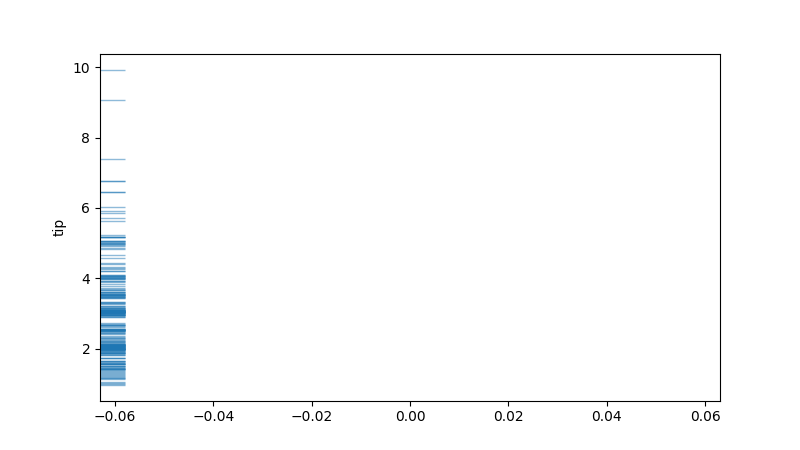
python, seaborn, rugplot, height=0.04, axis='y', alpha=0.5